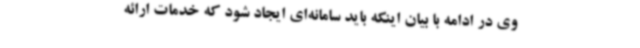
وی در ادامه با بیان اینکه باید سامانه‌ای ایجاد شود که خدمات ارائه